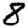
Digit: 8